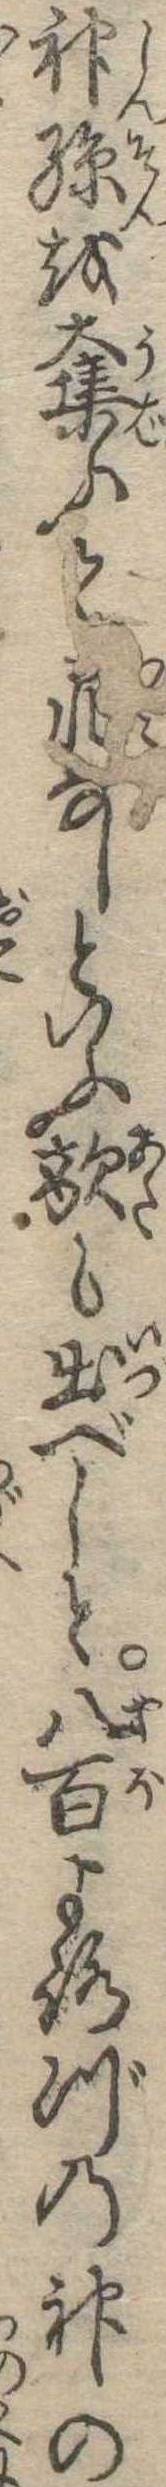
神孫を奪ふて罪なしといふ敵も出べしと八百よろづの神の